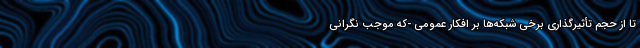
تا از حجم تأثیر‌گذاری برخی شبکه‌ها بر افکار عمومی -که موجب نگرانی